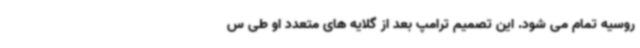
روسیه تمام می شود. این تصمیم ترامپ بعد از گلایه های متعدد او طی س